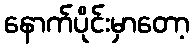
နောက်ပိုင်းမှာတော့